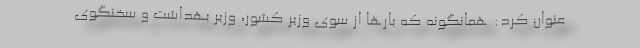
عنوان کرد: همانگونه که بارها از سوی وزیر کشور، وزیر بهداشت و سخنگوی